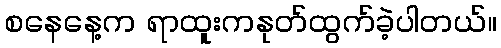
စနေနေ့က ရာထူးကနုတ်ထွက်ခဲ့ပါတယ်။